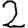
Digit: 2